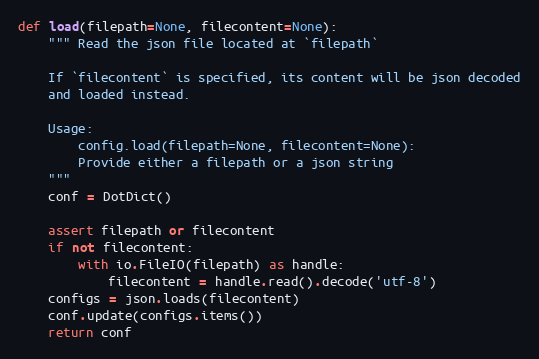
Language: Python
def load(filepath=None, filecontent=None):
    """ Read the json file located at `filepath`

    If `filecontent` is specified, its content will be json decoded
    and loaded instead.

    Usage:
        config.load(filepath=None, filecontent=None):
        Provide either a filepath or a json string
    """
    conf = DotDict()

    assert filepath or filecontent
    if not filecontent:
        with io.FileIO(filepath) as handle:
            filecontent = handle.read().decode('utf-8')
    configs = json.loads(filecontent)
    conf.update(configs.items())
    return conf